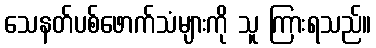
သေနတ်ပစ်ဖောက်သံများကို သူ ကြားရသည်။